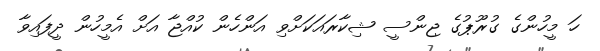
ހަ މީހުންގެ ގުރޫޕުގެ ޖިންސީ ޝިކާރައަކަށްވި އަންހެން ކުއްޖާ އަށް އެމީހުން ދީފައިވާ